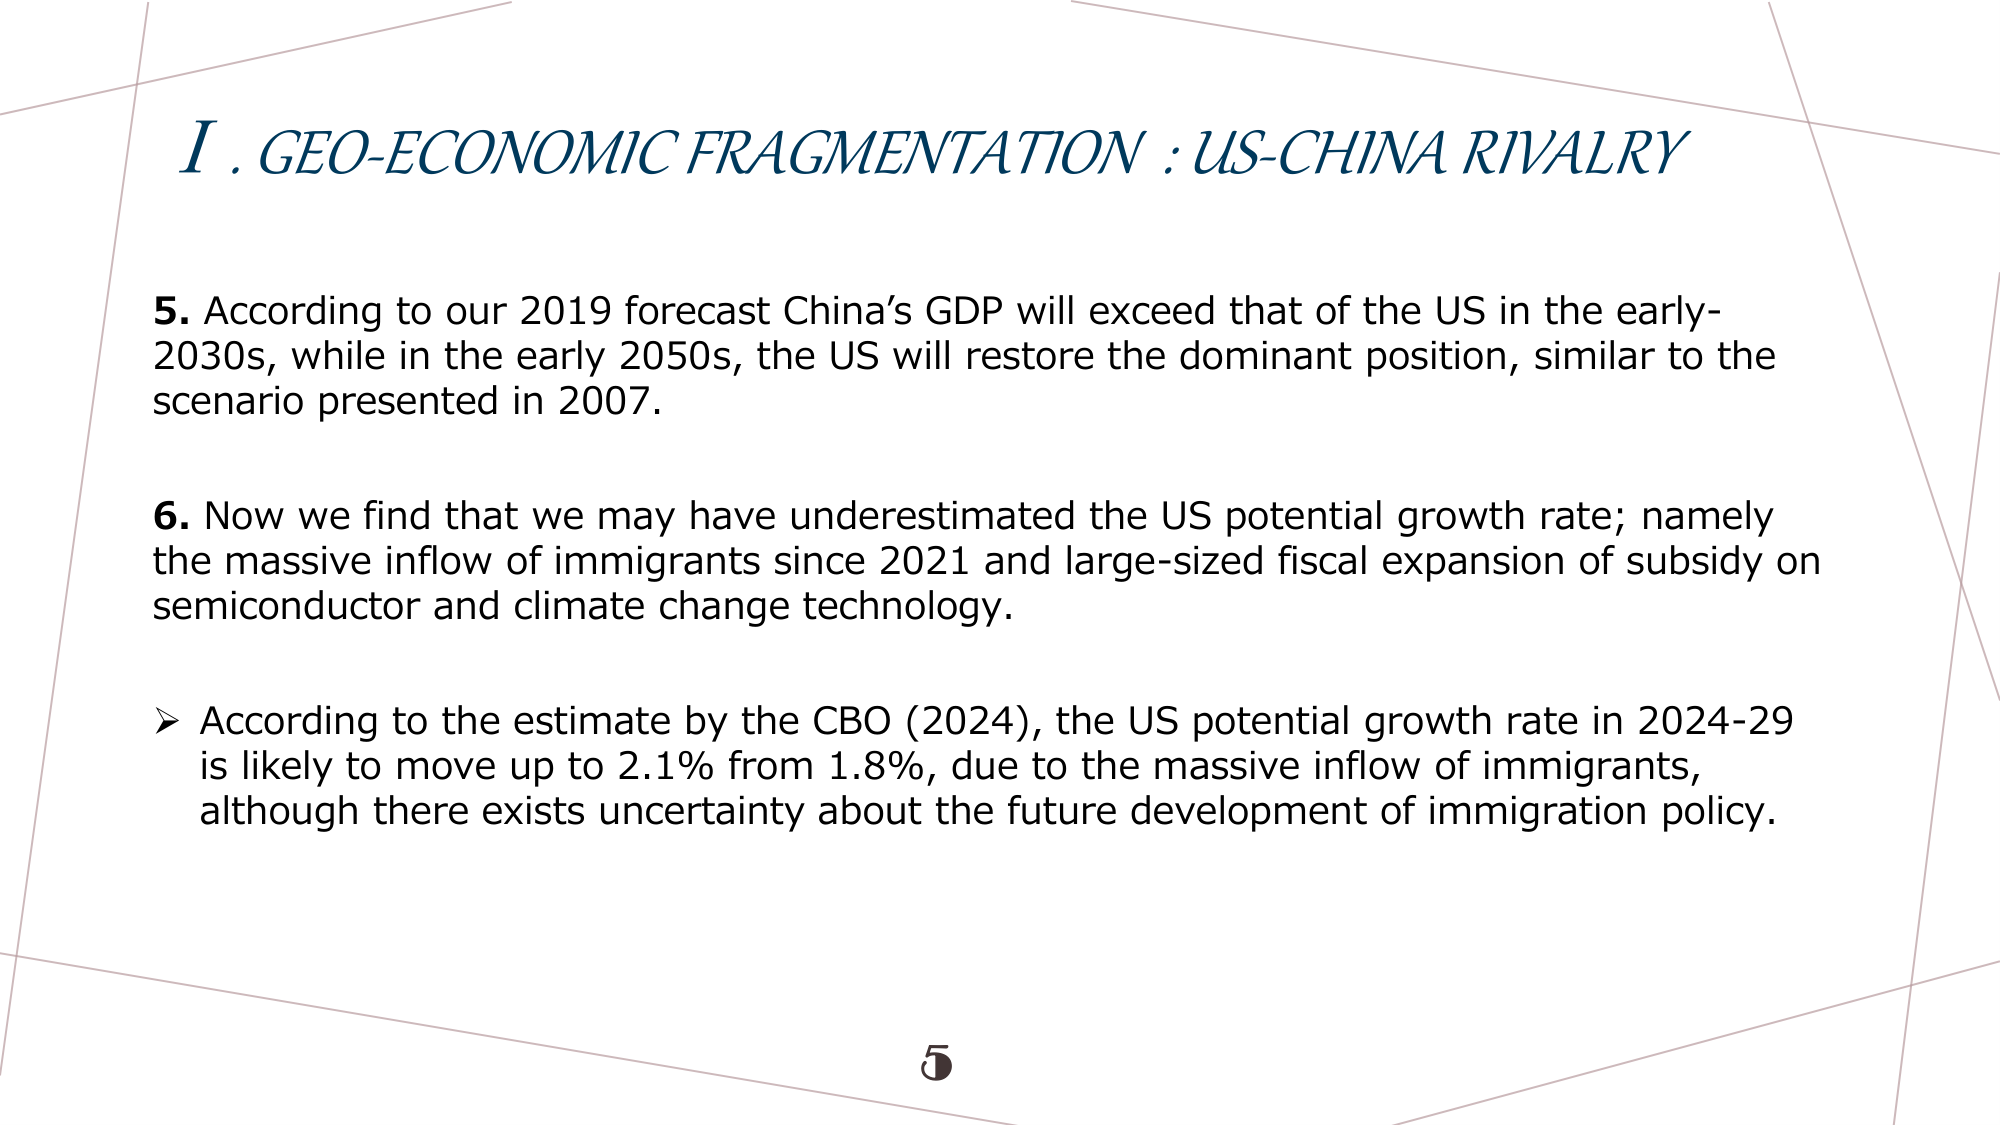
I. GEO-ECONOMIC FRAGMENTATION : US-CHINA RIVALRY

5. According to our 2019 forecast China’s GDP will exceed that of the US in the early-2030s, while in the early 2050s, the US will restore the dominant position, similar to the scenario presented in 2007.

6. Now we find that we may have underestimated the US potential growth rate; namely the massive inflow of immigrants since 2021 and large-sized fiscal expansion of subsidy on semiconductor and climate change technology.

➤ According to the estimate by the CBO (2024), the US potential growth rate in 2024-29 is likely to move up to 2.1% from 1.8%, due to the massive inflow of immigrants, although there exists uncertainty about the future development of immigration policy.

5